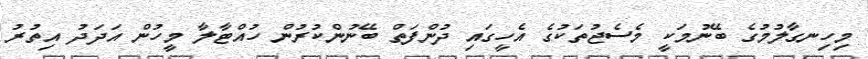
މިހިނގާލުމުގެ ބޭނުމަކީ މެސެޖުތަކުގެ އެހީގައި ދުންފަތް ބޭނުންކުރުން ހުއްޓާލާ މީހުން އަދަދު އިތުރު